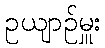
ဥယျာဉ်မှူး